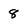
Character: 8